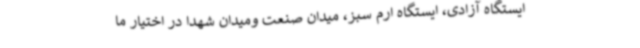
ایستگاه آزادی، ایستگاه ارم سبز، میدان صنعت ومیدان شهدا در اختیار ما